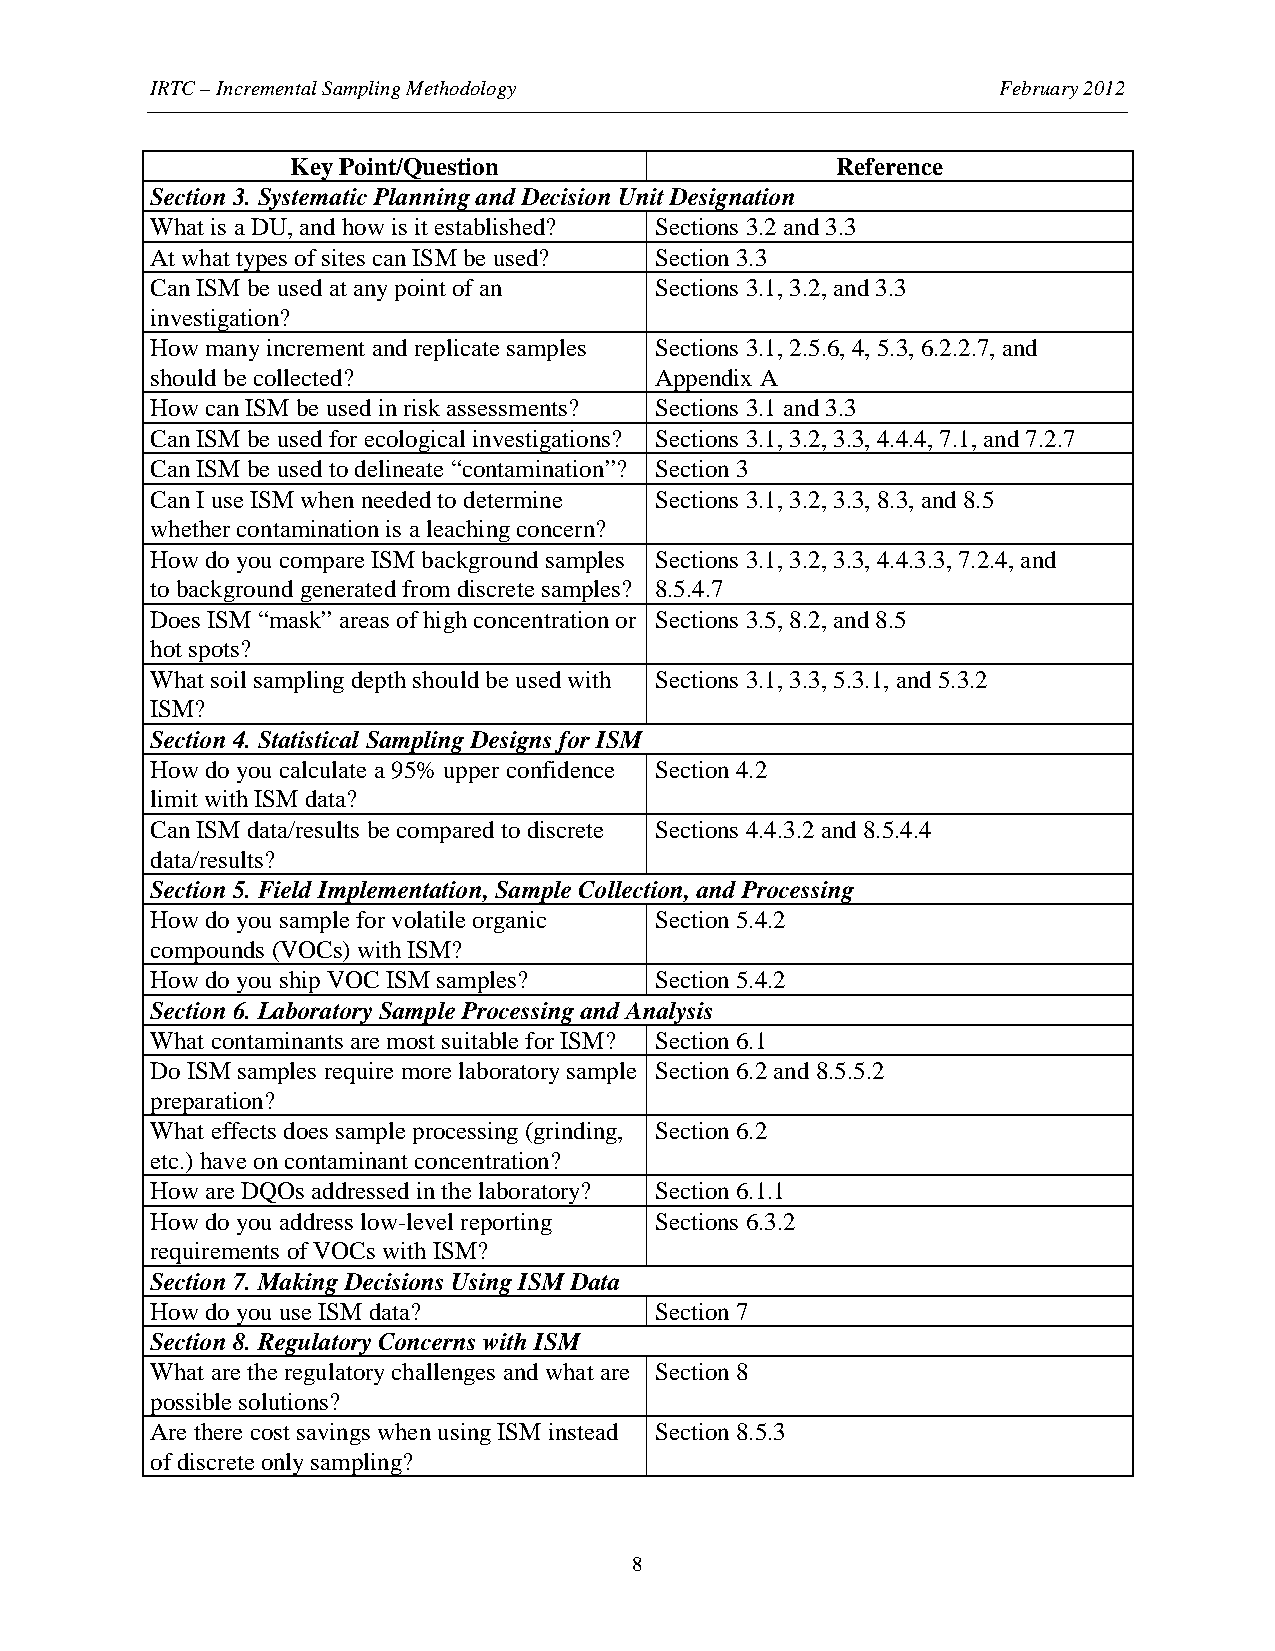
IRTC – Incremental Sampling Methodology                 February 2012
 Key Point/Question                  Reference
 Section 3. Systematic Planning and Decision Unit Designation
 What is a DU, and how is it established? Sections 3.2 and 3.3
 At what types of sites can ISM be used? Section 3.3
 Can ISM be used at any point of an Sections 3.1, 3.2, and 3.3
 investigation?
 How many increment and replicate samples Sections 3.1, 2.5.6, 4, 5.3, 6.2.2.7, and
 should be collected?             Appendix A
 How can ISM be used in risk assessments? Sections 3.1 and 3.3
 Can ISM be used for ecological investigations? Sections 3.1, 3.2, 3.3, 4.4.4, 7.1, and 7.2.7
 Can ISM be used to delineate “contamination”? Section 3
 Can I use ISM when needed to determine Sections 3.1, 3.2, 3.3, 8.3, and 8.5
 whether contamination is a leaching concern?
 How do you compare ISM background samples Sections 3.1, 3.2, 3.3, 4.4.3.3, 7.2.4, and
 to background generated from discrete samples? 8.5.4.7
 Does ISM “mask” areas of high concentration or Sections 3.5, 8.2, and 8.5
 hot spots?
 What soil sampling depth should be used with Sections 3.1, 3.3, 5.3.1, and 5.3.2
 ISM?
 Section 4. Statistical Sampling Designs for ISM
 How do you calculate a 95% upper confidence Section 4.2
 limit with ISM data?
 Can ISM data/results be compared to discrete Sections 4.4.3.2 and 8.5.4.4
 data/results?
 Section 5. Field Implementation, Sample Collection, and Processing
 How do you sample for volatile organic Section 5.4.2
 compounds (VOCs) with ISM?
 How do you ship VOC ISM samples? Section 5.4.2
 Section 6. Laboratory Sample Processing and Analysis
 What contaminants are most suitable for ISM? Section 6.1
 Do ISM samples require more laboratory sample Section 6.2 and 8.5.5.2
 preparation?
 What effects does sample processing (grinding, Section 6.2
 etc.) have on contaminant concentration?
 How are DQOs addressed in the laboratory? Section 6.1.1
 How do you address low-level reporting Sections 6.3.2
 requirements of VOCs with ISM?
 Section 7. Making Decisions Using ISM Data
 How do you use ISM data?         Section 7
 Section 8. Regulatory Concerns with ISM
 What are the regulatory challenges and what are Section 8
 possible solutions?
 Are there cost savings when using ISM instead Section 8.5.3
 of discrete only sampling?
 8